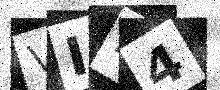
Text: VII4